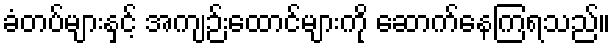
ခံတပ်များနှင့် အကျဉ်းထောင်များကို ဆောက်နေကြရသည်။